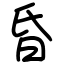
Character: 昏